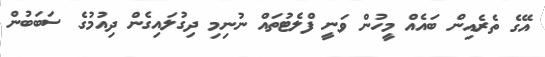
އޭގެ ތެރެއިން ބައެއް މީހުން ވަނީ ފްލެޓުތައް ނުނިމި ދިގުލައިގެން ދިއުމުގެ ސަބަބުން